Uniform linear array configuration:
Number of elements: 8
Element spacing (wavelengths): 0.25
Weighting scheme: hamming
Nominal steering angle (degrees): -45
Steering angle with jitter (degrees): -44.865
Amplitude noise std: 0.05
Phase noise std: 0.05

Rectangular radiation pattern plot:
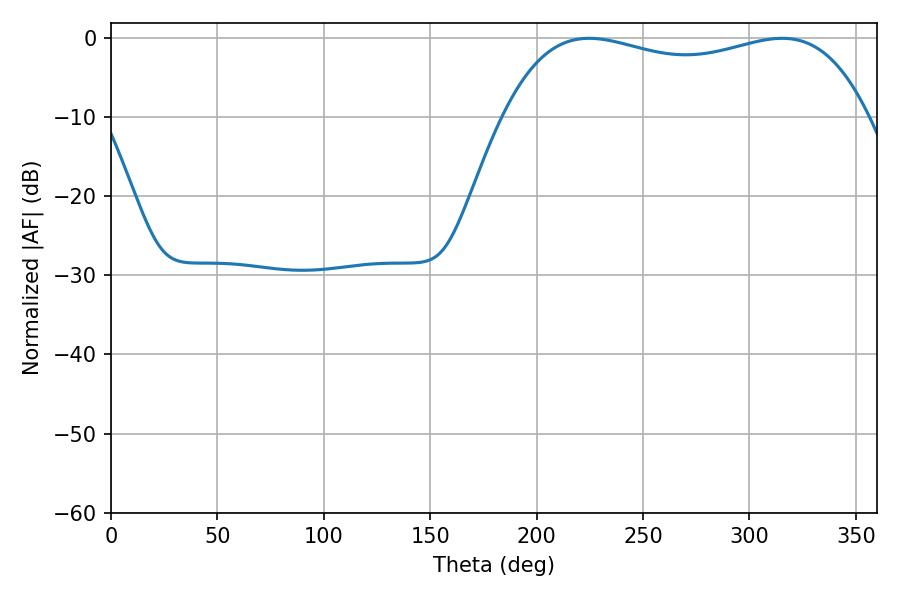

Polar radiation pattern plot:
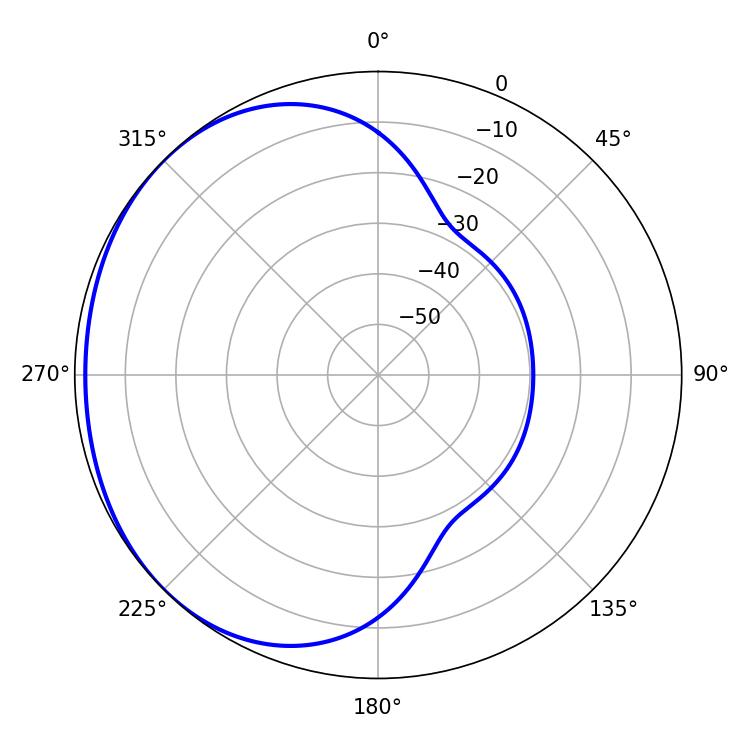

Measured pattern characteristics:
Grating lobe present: FALSE
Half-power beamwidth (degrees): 139.32
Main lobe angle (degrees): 224.64